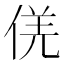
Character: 𠊡